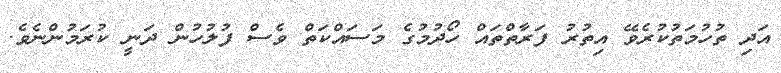
އަދި ތުހުމަތުކުރެވޭ އިތުރު ފަރާތްތައް ހޯދުމުގެ މަސައްކަތް ވެސް ފުލުހުން ދަނީ ކުރަމުންނެވެ.